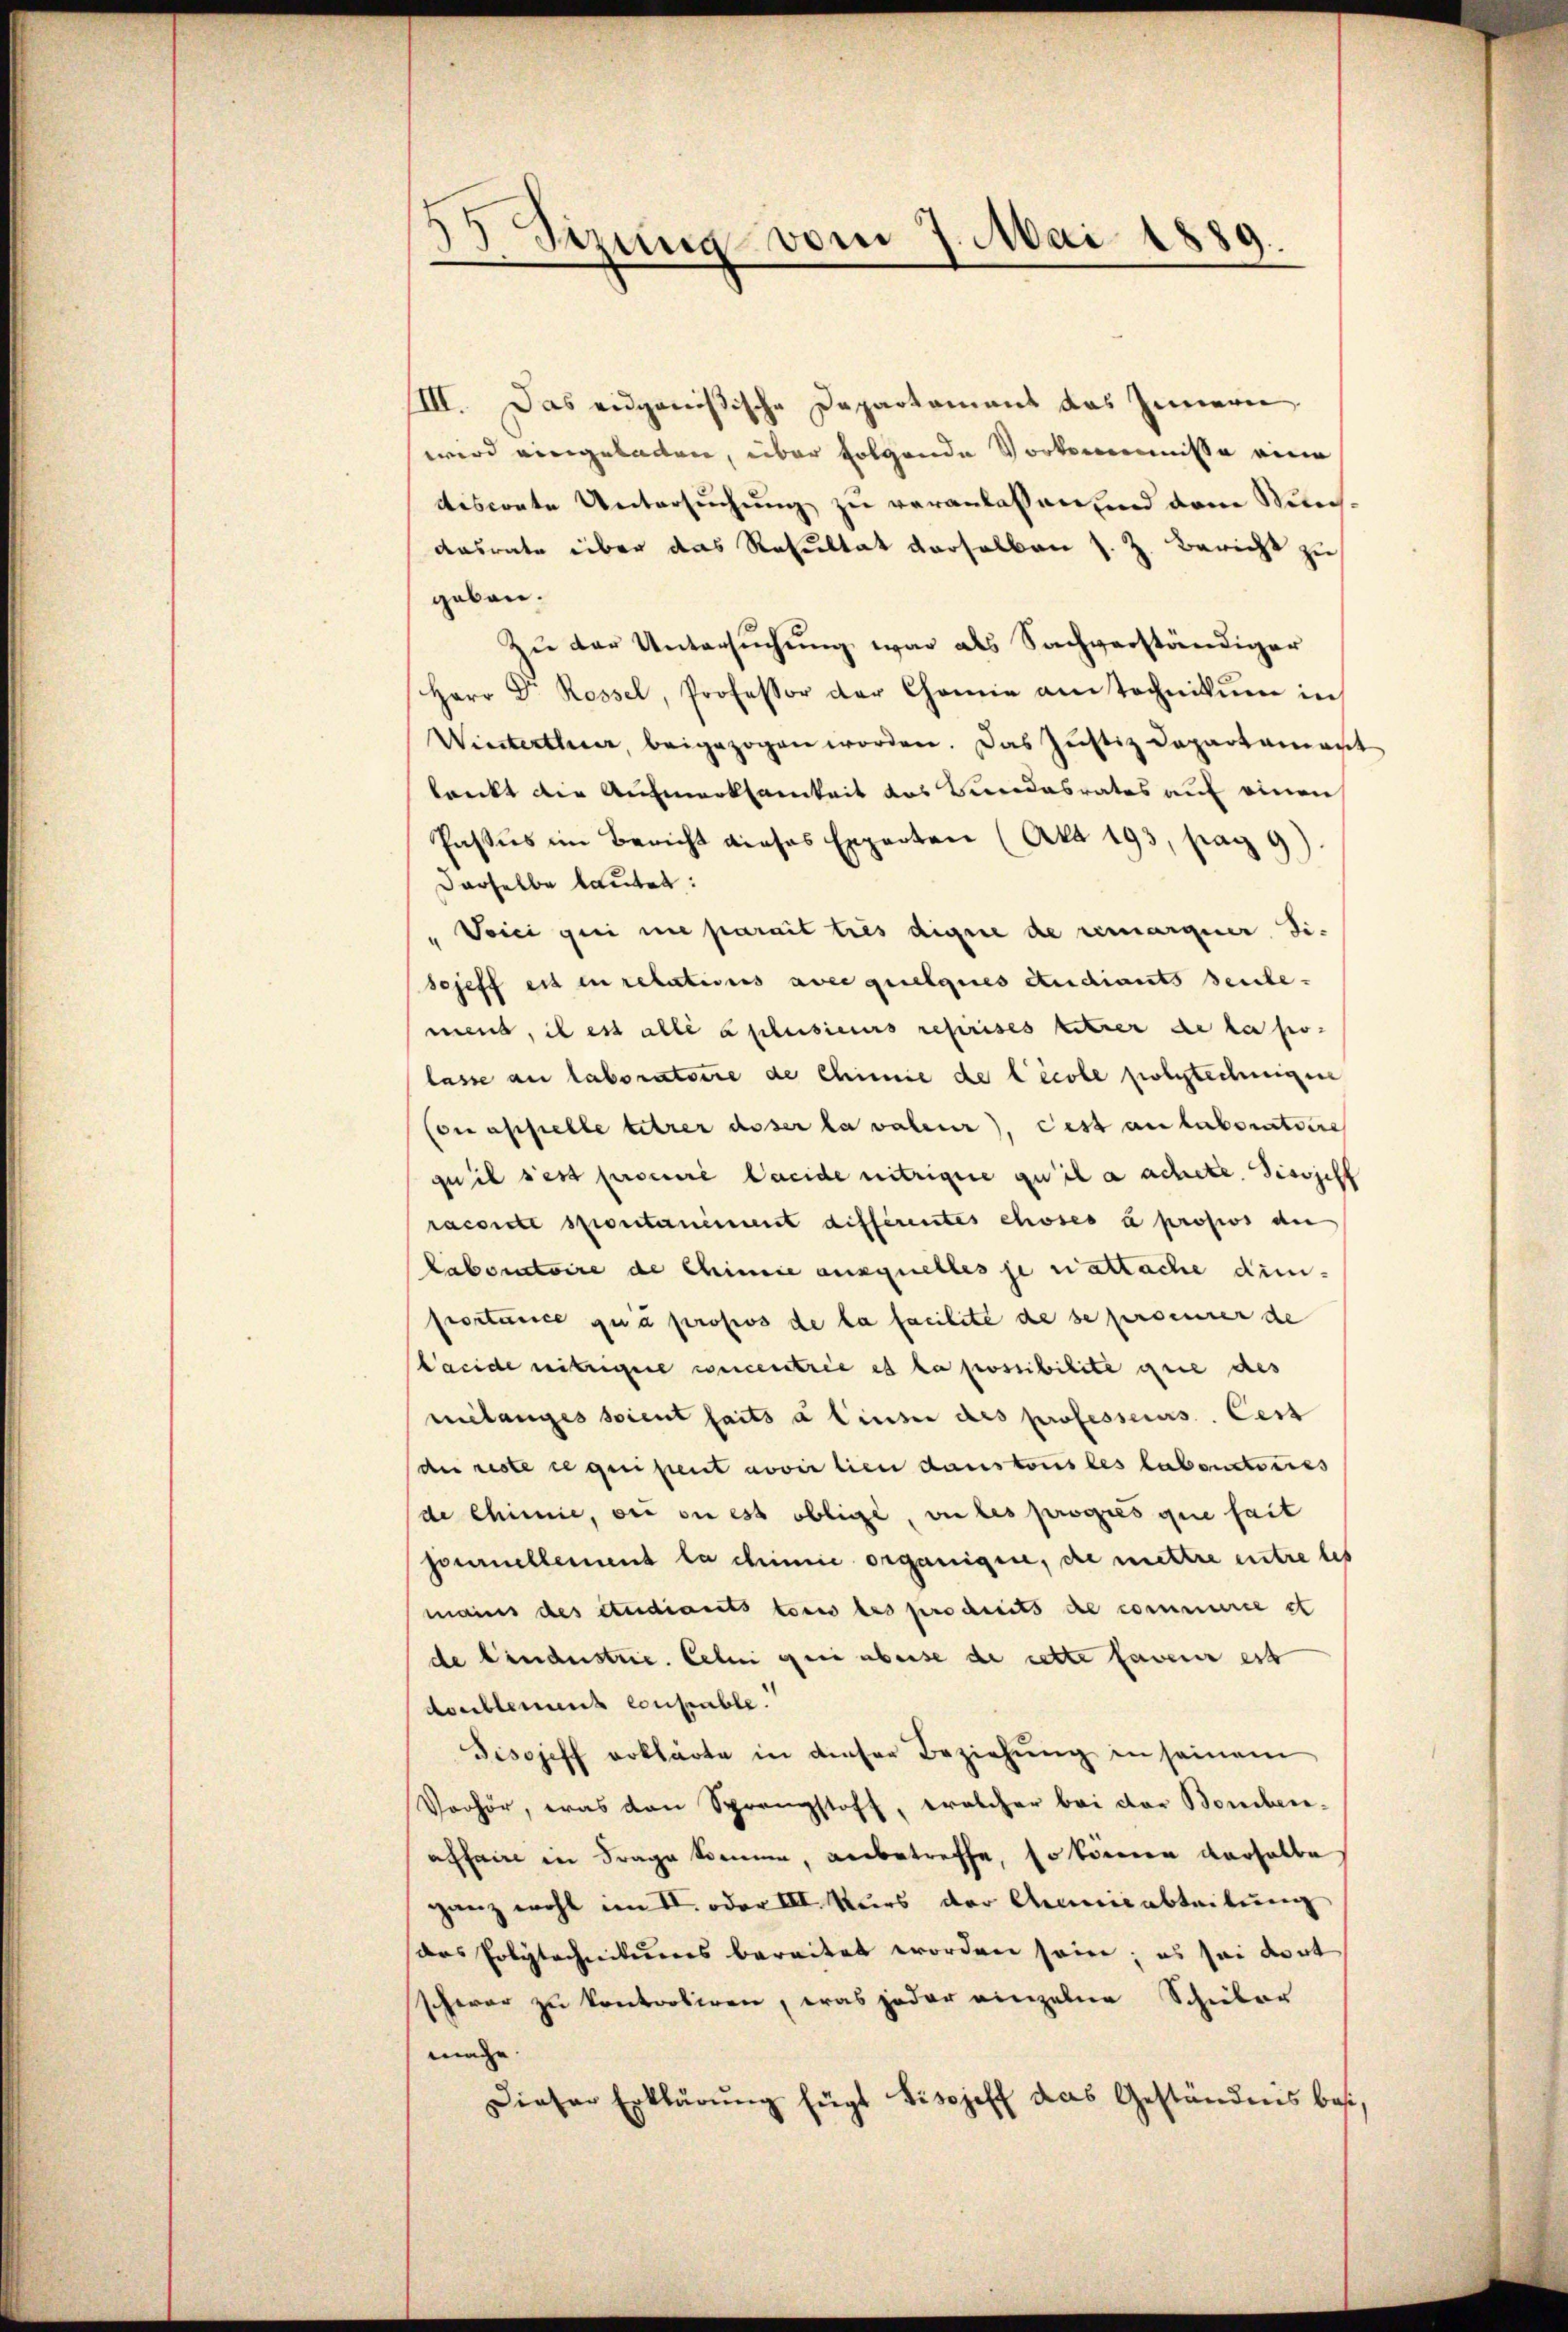
5 Sirung vom 7. Mai 1889.
)

IIII. Das eidgenößische Departament das Innern.
wird eingeladen, über folgende Vorkommnisse eine
disconte Untersuchung zu veranlassen und dem Stunausrate über das Resultat derselben s. Z. Bericht zu
geben.
Zŭ der Untersŭchŭng war als Sachverständiger
Herr Dr Rossel, Professor der Chemie am technikum in
Wirsterthurer, beigezogen worden. Das Justiz Dapartament
lankt die Aufmerksamkeit des Bundesrates auf einen
Passus im Bericht dieses Experten (Akt 193, pag 9)
derselbe lautet:
" Vici gei nie parait ties digne de remarquer Si¬
Scheff est in relations aver quelques Studiants deute.
mens, il est alle à plusieurs reprises titrer de la polasse au laboratoire de Chinne de l’école polytechnigen
Con appelle titrer desser la valeur, cest au laboratiere
quil s’est procuré lacide nitrigue qu’il a achete. Sisszell
raconte sponternement différentes choses à propios an
laboratoire de Chinie ausquelles je nattache dinportance qua propos de la facilite de se procurer de
Lacide nitzigere weicentrie es la possibilite grie des
melanges soient faits a lieser des professeurs. Cess
des reste in geistent avoir lieu dans tous les labenstoires
de Chinie, sie di est oblige, vie les propres que fait
journellement la chinie organigen, die mettre entre les
mains des Studiants tous les prodseits de commerce st
de bindustrie. Celui sein aberse de cette faveur est
doublement coupable.
Fisojeff erklärte in dieser Beziehŭng in seinem
Verhör, was den Sprengstoff, welcher bei der Bomben-
affaire in Frage kommen, anbetreffe, so können verhalbe
ganz wohl im II. oder III. Kurs der Anniabteilung
das Polytechnitures bereitet worden sein; es sei dort
schwar zu kontortiren, was jeder einzelne Schieber
mache.
Dieser Erklärung fügt bisjeff das Geständnis bes¬